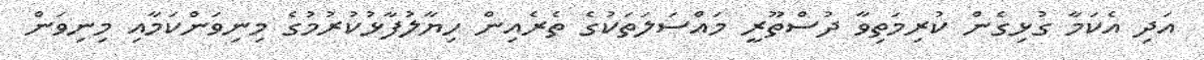
އަދި އެކަމާ ގުޅިގެން ކުރިމަތިވާ ދުސްތޫރީ މައްސަލަތަކުގެ ތެރެއިން ހިޔާލުފާޅުކުރުމުގެ މިނިވަންކަމާއި މިނިވަން